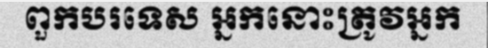
ពួកបរទេស អ្នកនោះត្រូវអ្នក